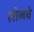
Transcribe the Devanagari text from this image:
लीलचे